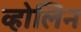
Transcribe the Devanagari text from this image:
व्होलिन